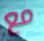
مع